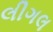
લીગલ